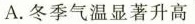
A.冬季气温显著升高